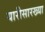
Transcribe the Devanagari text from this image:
यारीसारख्या